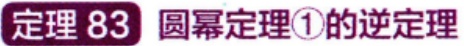
定理 83 圆幂定理\textcircled{1}的逆定理